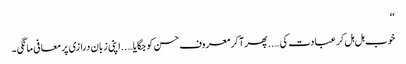
‘‘
خوب ہل ہل کر عبادت کی…..پھر آ کر معروف حسن کو جگایا…..اپنی زبان درازی پر معافی مانگی۔